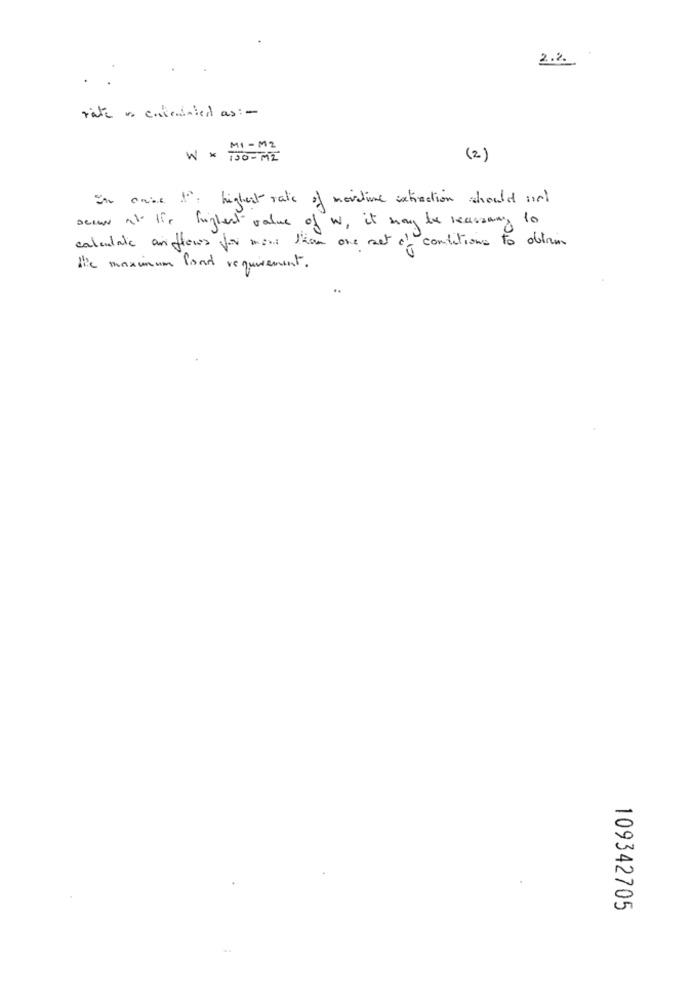
2.2
..
rate is endenied as :-
MI - M2
W x 100 - M2
(2)
In case 1: highest rate of noviline extraction should not
sees al lis fuglest value of w, it may be necessary to
calculate anflows for more than one set of conditions to diri
the maximum food requirement .
109342705